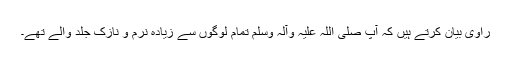
راوی بیان کرتے ہیں کہ آپ صلی اللہ علیہ وآلہ وسلم تمام لوگوں سے زیادہ نرم و نازک جلد والے تھے۔